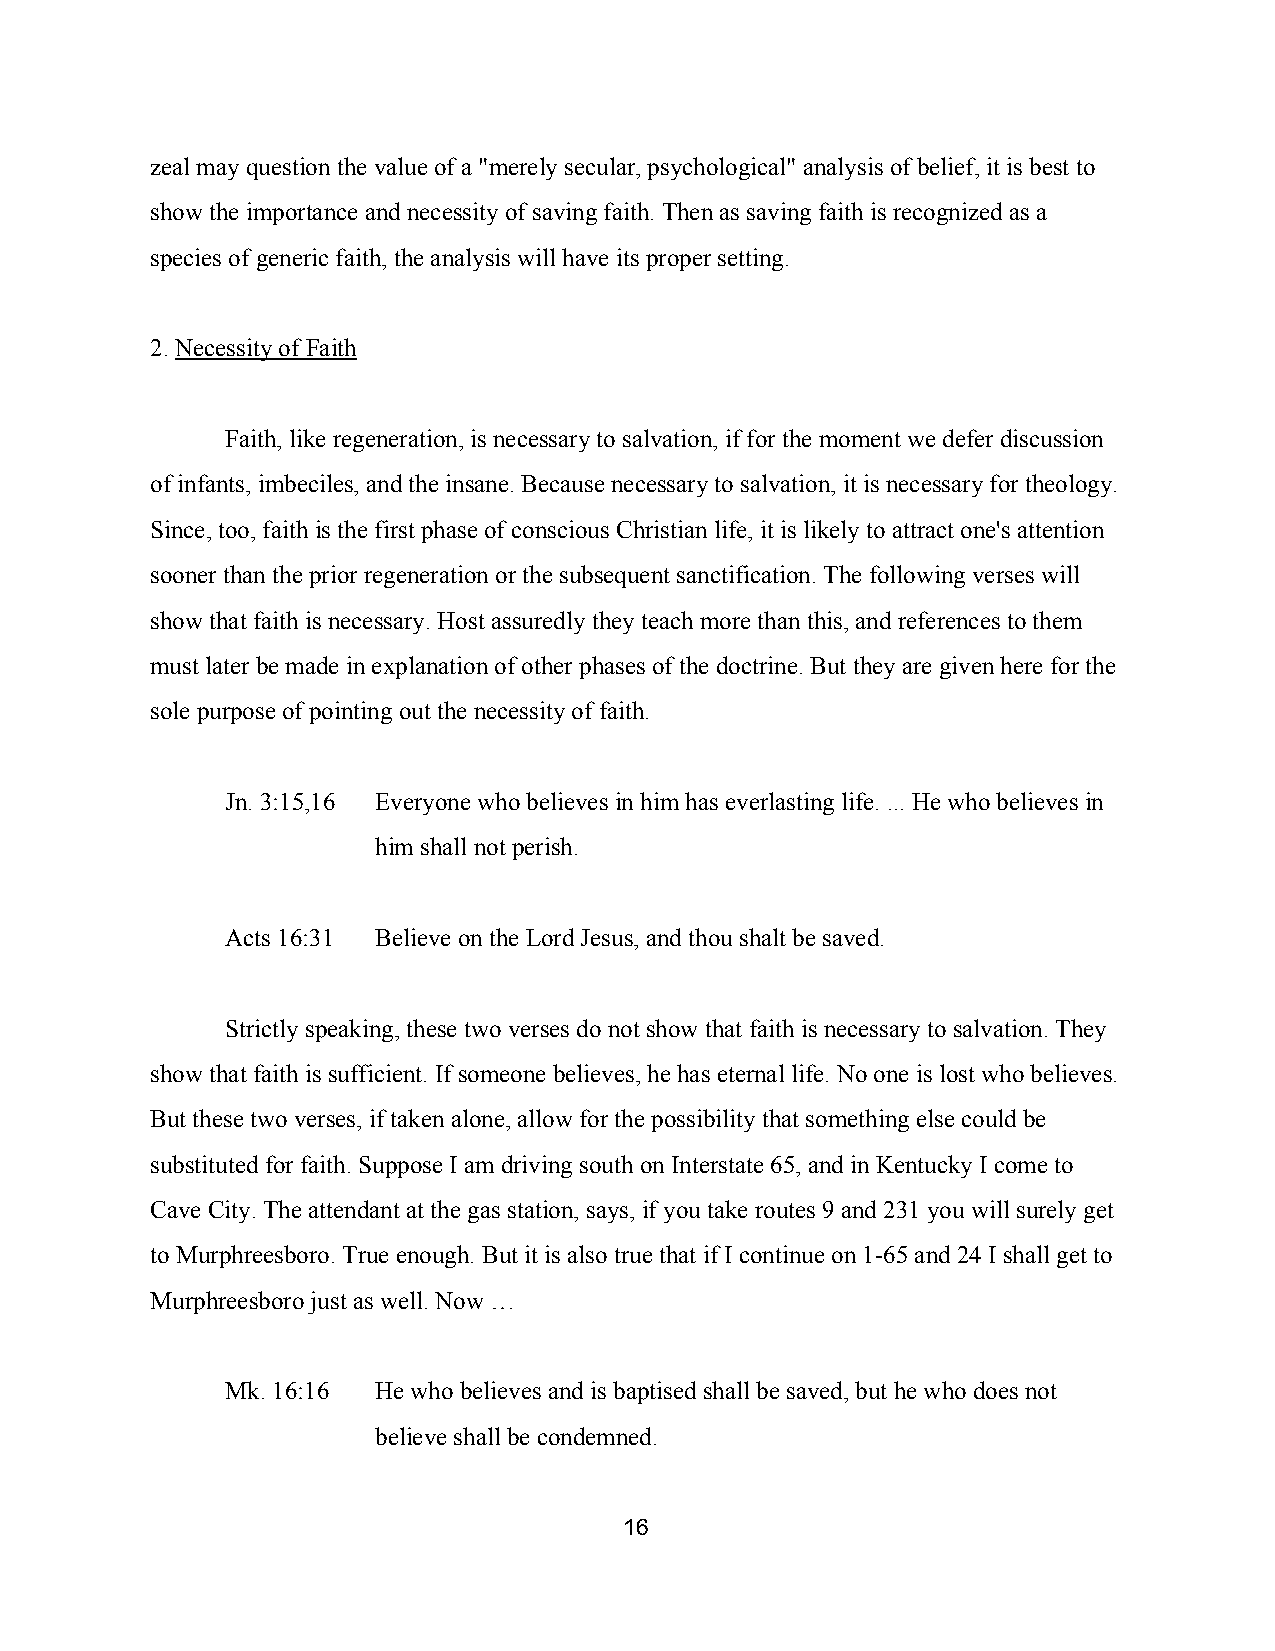
zeal may question the value of a "merely secular, psychological" analysis of belief, it is best to
 show the importance and necessity of saving faith. Then as saving faith is recognized as a
 species of generic faith, the analysis will have its proper setting.
 2. Necessity of Faith
 ​
 Faith, like regeneration, is necessary to salvation, if for the moment we defer discussion
 of infants, imbeciles, and the insane. Because necessary to salvation, it is necessary for theology.
 Since, too, faith is the first phase of conscious Christian life, it is likely to attract one's attention
 sooner than the prior regeneration or the subsequent sanctification. The following verses will
 show that faith is necessary. Host assuredly they teach more than this, and references to them
 must later be made in explanation of other phases of the doctrine. But they are given here for the
 sole purpose of pointing out the necessity of faith.
 Jn. 3:15,16 Everyone who believes in him has everlasting life. ... He who believes in
 him shall not perish.
 Acts 16:31 Believe on the Lord Jesus, and thou shalt be saved.
 Strictly speaking, these two verses do not show that faith is necessary to salvation. They
 show that faith is sufficient. If someone believes, he has eternal life. No one is lost who believes.
 But these two verses, if taken alone, allow for the possibility that something else could be
 substituted for faith. Suppose I am driving south on Interstate 65, and in Kentucky I come to
 Cave City. The attendant at the gas station, says, if you take routes 9 and 231 you will surely get
 to Murphreesboro. True enough. But it is also true that if I continue on 1­65 and 24 I shall get to
 Murphreesboro just as well. Now …
 Mk. 16:16 He who believes and is baptised shall be saved, but he who does not
 believe shall be condemned.
 16